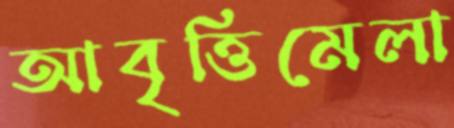
আবৃত্তিমেলা